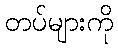
တပ်များကို